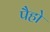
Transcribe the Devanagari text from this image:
पैहो